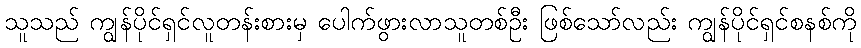
သူသည် ကျွန်ပိုင်ရှင်လူတန်းစားမှ ပေါက်ဖွားလာသူတစ်ဦး ဖြစ်သော်လည်း ကျွန်ပိုင်ရှင်စနစ်ကို